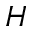
H